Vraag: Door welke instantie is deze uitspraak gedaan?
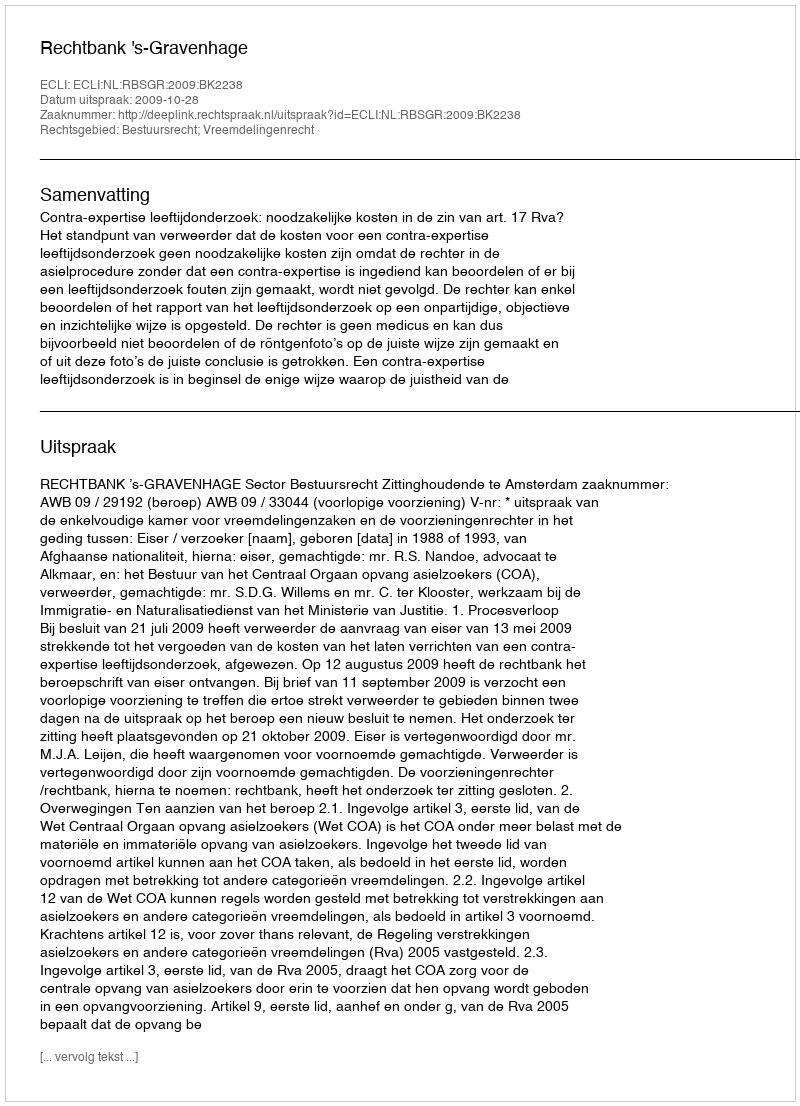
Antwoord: Rechtbank 's-Gravenhage